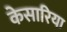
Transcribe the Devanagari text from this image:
केसारिया